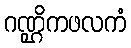
ဂဏ္ဌိကဖလကံ